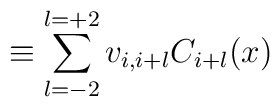
\equiv \sum _{l=-2}^{l=+2} v_{i,i+l} C_{i+l}(x)